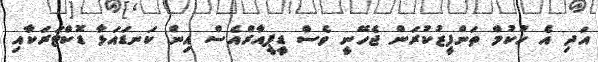
އަދި އެ ހުކުމް ތަންފީޒުކުރަން ޖެހޭނީ ވެސް ޑީޕީއާރްއެސް އިން ކަނޑައަޅާ ޑޮކްޓަރަކާއި